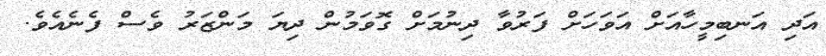
އަދި އަނބިމީހާއަށް އަވަހަށް ފަރުވާ ދިނުމަށް ގޮވަމުން ދިޔަ މަންޒަރު ވެސް ފެނެއެވެ.